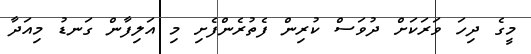
މީގެ ދިހަ ވަރަކަށް ދުވަސް ކުރިން ފެތުރެންފެށި މި އަލިފާން ގަނޑު މިއަދާ